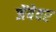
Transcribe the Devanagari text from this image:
जेंबेवर